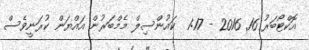
އޮކްޓޯބަރު 16